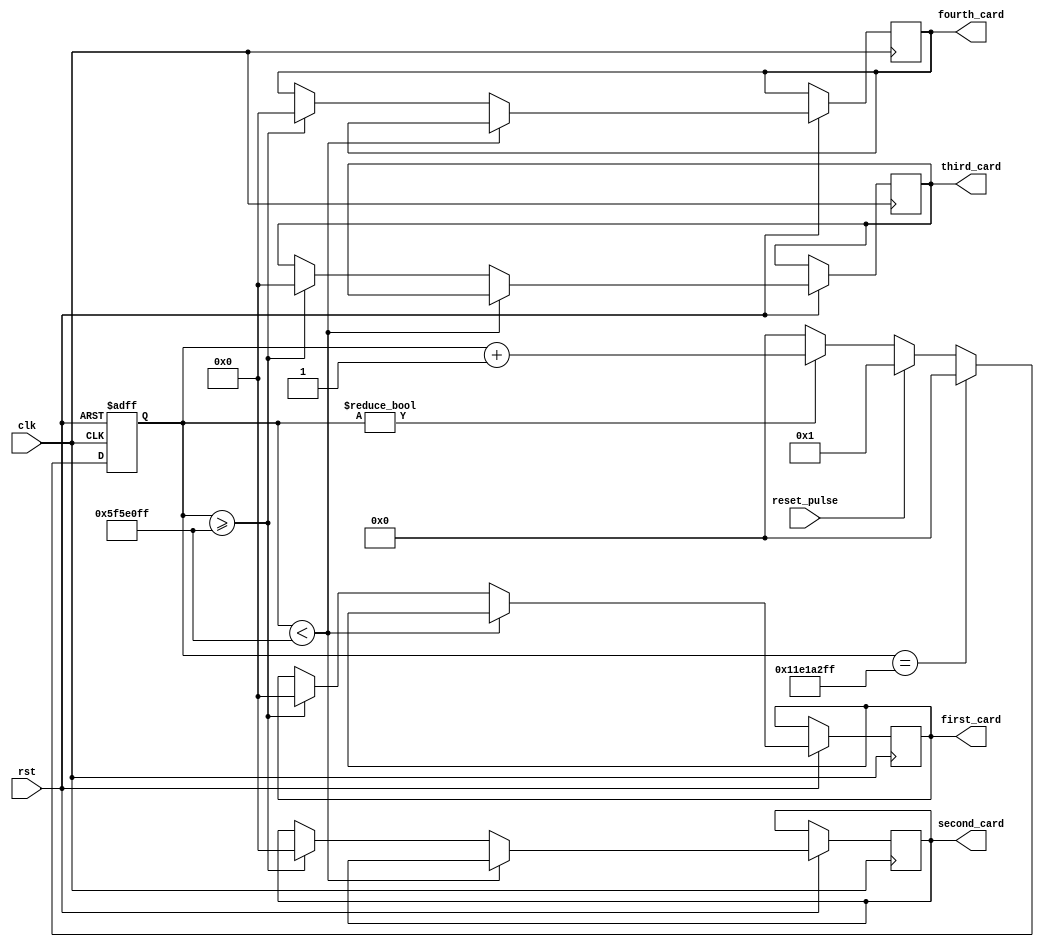
module reset_to_zero (
    input clk,
    input rst,
    input reset_pulse,
    output reg [3:0] first_card,second_card,third_card,fourth_card
);
    reg [31:0] w_cnt;

    always @ (posedge clk or negedge rst) begin
        if (!rst) w_cnt <= 32'b0;
        
        else begin
            if (w_cnt == 32'd299_999_999) w_cnt <= 32'd0;
            else if (reset_pulse) w_cnt <= 32'd1;
            else if (w_cnt != 0) w_cnt <= w_cnt + 32'd1;
            else w_cnt <= 32'd0;  //cnt 0
        end
    end

        
    always @ (posedge clk or negedge rst) begin
        if (!rst) begin
            first_card <= first_card;
            second_card <= second_card;
            third_card <= third_card;
            fourth_card <= fourth_card;
        end

        else begin
                    if (w_cnt<32'd99_999_999)begin
                            first_card <= first_card;
                            second_card <= second_card;
                            third_card <= third_card;
                            fourth_card <= fourth_card;
                        end 
                        else if (w_cnt>=32'd99_999_999)begin
                            first_card <= 1'b0;
                            second_card <= 1'b0;
                            third_card <= 1'b0;
                            fourth_card <= 1'b0;
                        end
                        else begin
                            first_card <= first_card;
                            second_card <= second_card;
                            third_card <= third_card;
                            fourth_card <= fourth_card;
                        end 
                            
                    
        end
    end
endmodule